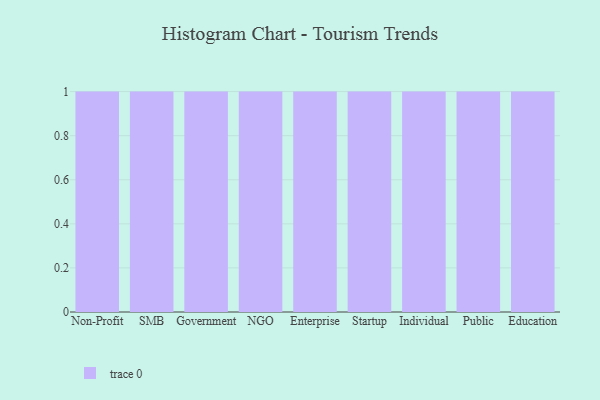
{"axis": {"x": "Segment", "y": "Energy Usage (MWh)"}, "legend": [""], "data": [{"x": "Non-Profit", "y": 59, "type": ""}, {"x": "SMB", "y": 50, "type": ""}, {"x": "Government", "y": 62, "type": ""}, {"x": "NGO", "y": 27, "type": ""}, {"x": "Enterprise", "y": 68, "type": ""}, {"x": "Startup", "y": 47, "type": ""}, {"x": "Individual", "y": 19, "type": ""}, {"x": "Public", "y": 50, "type": ""}, {"x": "Education", "y": 23, "type": ""}]}